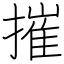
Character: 摧